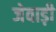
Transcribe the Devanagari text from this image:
जेवाड़ी